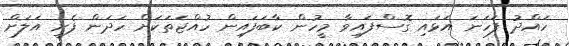
ހައްދު ފަހަނަ އަޅައި ގޮސްފައިވާ މީހުން ކާބަފައިން ހުއްޖަތަކަށް ހަަދަން ފެށީ އަލަށް